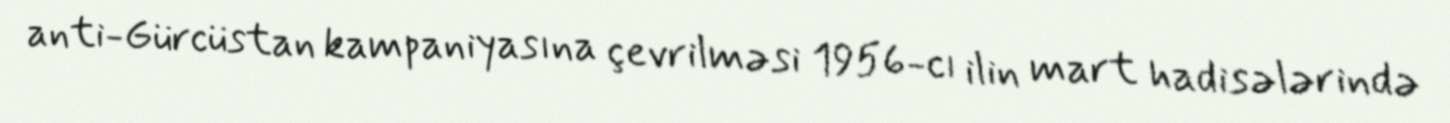
anti-Gürcüstan kampaniyasına çevrilməsi 1956-cı ilin mart hadisələrində